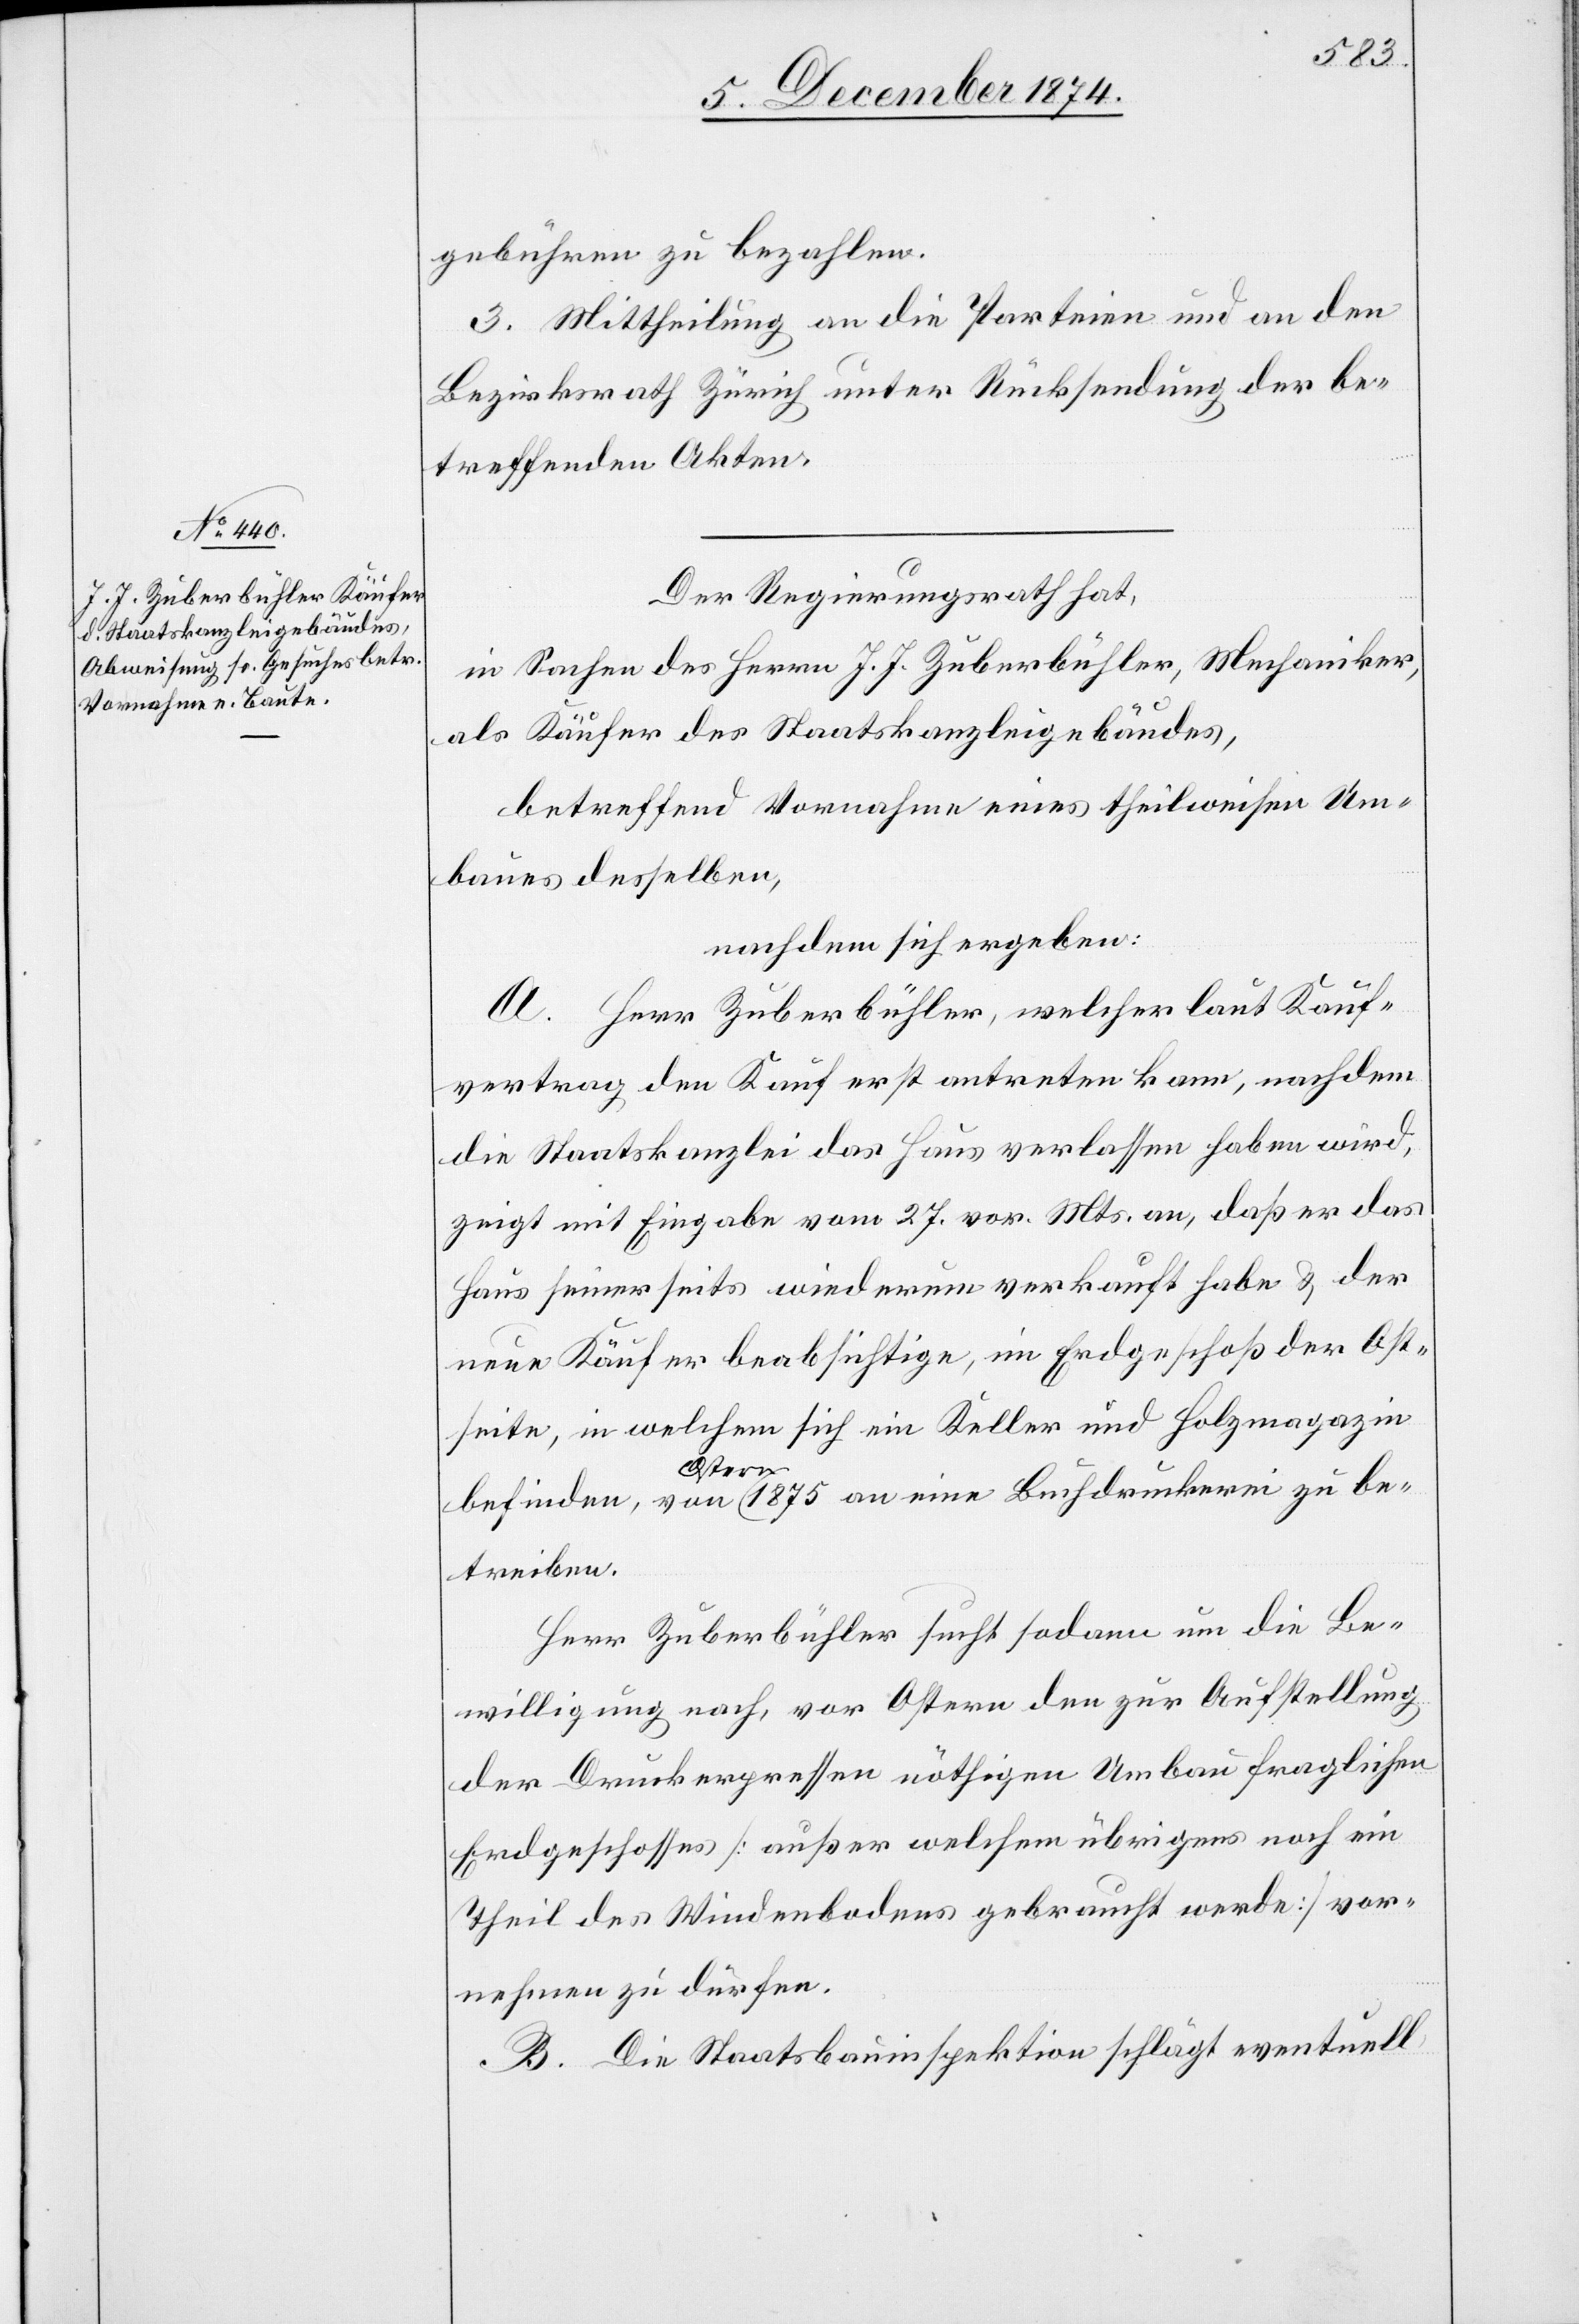
Der Regierungsrath hat,
in Sachen des Herrn J. J. Zuberbühler, Mechaniker,
als Käufer des Staatskanzleigebäudes,
betreffend Vornahme eines theilweisen Um¬
baues desselben,
nachdem sich ergeben:
A. Herr Zuberbühler, welcher laut Kauf¬
vertrag den Kauf erst antreten kann, nachdem
die Staatskanzlei das Haus verlassen haben wird,
zeigt mit Eingabe vom 27. vor. Mts. an, daß er das
Haus seinerseits wiederum verkauft habe & der
neue Käufer beabsichtige, im Erdgeschoß der Ost¬
seite, in welchem sich ein Keller und Holzmagazin
a-Ostern-a
betreiben.
Herr Zuberbühler sucht sodann um die Be¬
willigung nach, vor Ostern den zur Aufstellung
der Druckerpressen nöthigen Umbau fraglichen
Erdgeschosses [außer welchem übrigens noch ein
Theil des Windenbodens gebraucht werde] vor¬
nehmen zu dürfen.
B. Die Staatsbauinspektion schlägt eventuell